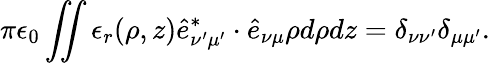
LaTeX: \pi\epsilon_{0}\iint\epsilon_{r}(\rho,z)\hat{e}_{\nu^{\prime}\mu^{\prime}}^{*}\cdot\hat{e}_{\nu\mu}\rho d{\rho}dz=\delta_{\nu\nu^{\prime}}\delta_{\mu\mu^{\prime}}.